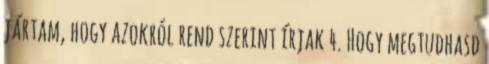
jártam, hogy azokról rend szerint írjak 4. Hogy megtudhasd